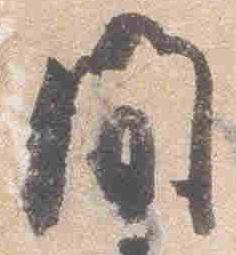
間